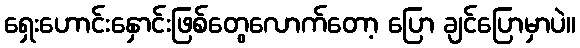
ရှေးဟောင်းနှောင်းဖြစ်တွေလောက်တော့ ပြော ချင်ပြောမှာပဲ။